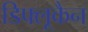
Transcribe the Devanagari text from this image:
डिफ्लूकैन